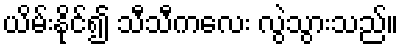
ယိမ်းနိုင်၍ သီသီကလေး လွဲသွားသည်။